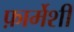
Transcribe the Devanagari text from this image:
फ़ार्मेशी